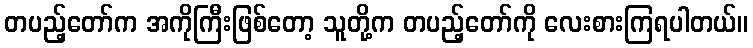
တပည့်တော်က အကိုကြီးဖြစ်တော့ သူတို့က တပည့်တော်ကို လေးစားကြရပါတယ်။